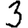
Digit: 3